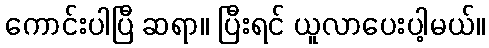
ကောင်းပါပြီ ဆရာ။ ပြီးရင် ယူလာပေးပါ့မယ်။